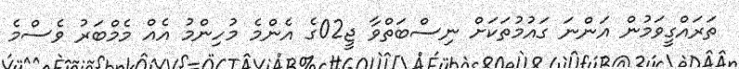
ތަރައްގީވަމުން އަންނަ ގައުމުތަކަށް ނިސްބަތްވާ ޖީ02ގެ އެންމެ މުހިންމު އެއް މެމްބަރު ވެސްމެ